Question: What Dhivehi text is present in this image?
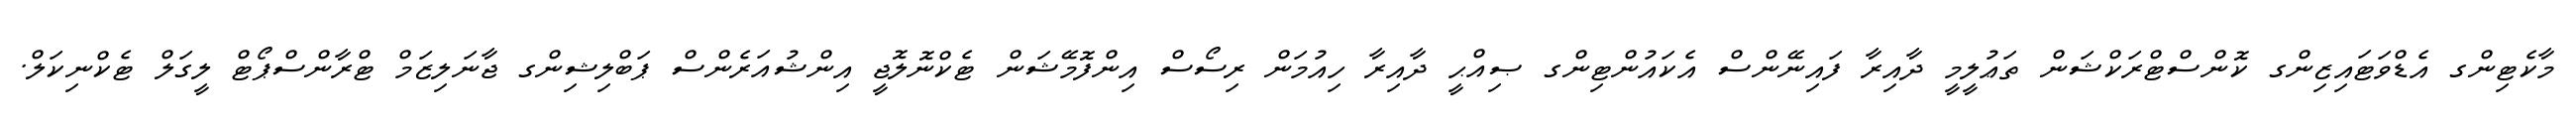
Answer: މާކެޓިންގ އެޑްވަޓައިޒިންގ ކޮންސްޓްރަކްޝަން ތަޢުލީމީ ދާއިރާ ފައިނޭންސް އެކައުންޓިންގ ޞިއްޙީ ދާއިރާ ހިއުމަން ރިސޯސް އިންފޮމޭޝަން ޓެކްނޮލޮޖީ އިންޝުއަރެންސް ޕަބްލިޝިންގ ޖާނަލިޒަމް ޓްރާންސްޕޯޓް ލީގަލް ޓެކްނިކަލް.